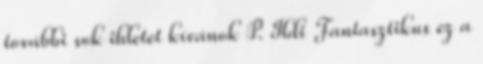
további sok ihletet kívánok P. Ildi Fantasztikus ez a